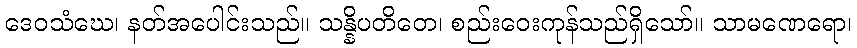
ဒေဝသံဃေ၊ နတ်အပေါင်းသည်။ သန္နိပတိတေ၊ စည်းဝေးကုန်သည်ရှိသော်။ သာမဏေရော၊